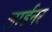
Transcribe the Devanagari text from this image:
लार्डनर